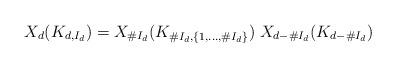
LaTeX: \begin{gather*}X_d(K_{d,I_d}) = X_{\#I_d}(K_{\#I_d,\{1,\ldots,\#I_d\}}) \; X_{d-\#I_d}(K_{d-\#I_d})\end{gather*}